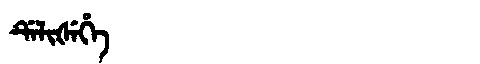
Manchu: ᡩᡝᠯᡳᡧᡝᡥᡝ
Romanization: DELIŠEHE